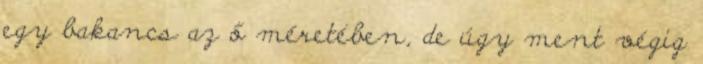
egy bakancs az ő méretében, de úgy ment végig